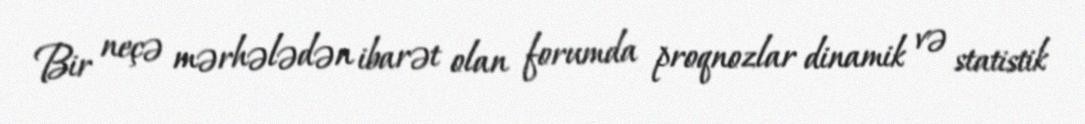
Bir neçə mərhələdən ibarət olan forumda proqnozlar dinamik və statistik